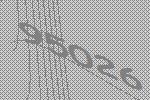
95026